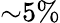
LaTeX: {\sim}5\%